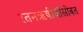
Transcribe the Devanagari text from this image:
रतनऋषीजींसोबत